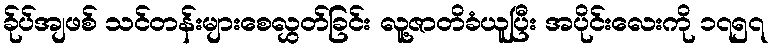
ခ်ုပ်အျဖစ် သင်တန်းများစေလွှတ်ခြင်း လူ့ဇာတိခံယူပြီး အပိုင်းလေးကို ၁၇၅၇